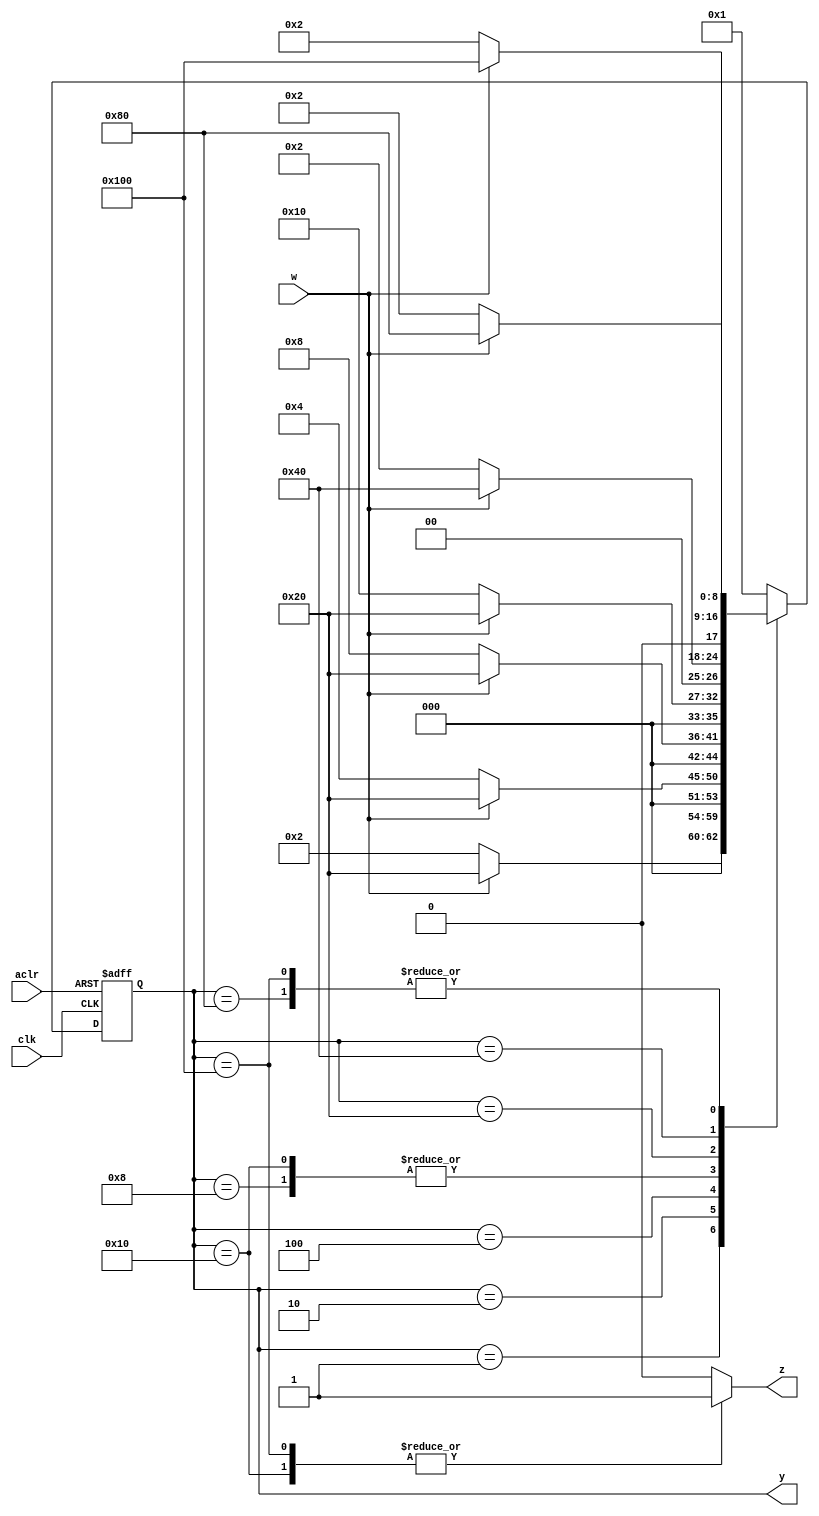
module FSM_one_hot(input clk, aclr, w,
                   output reg z,
                   output [8:0] y);

    // Automat Moore'a
    
    reg [8:0] state, next; // stan aktualny i przejcia
    
    // stany wewntrzne automatu
    localparam [8:0]
                    A = 9'b000000001, // 1
                    B = 9'b000000010, // 2
                    C = 9'b000000100, // 4
                    D = 9'b000001000, // 8
                    E = 9'b000010000, // 16
                    F = 9'b000100000, // 32
                    G = 9'b001000000, // 64
                    H = 9'b010000000, // 128
                    I = 9'b100000000; // 256
                    
    // opis pamici (rejestru)                
    always @(posedge clk, negedge aclr)
        if(~aclr)   		state <= A;
        else            state <= next;
    
    // opis funkcji przejcia
    always @(*)
        case (state)
			A: if(w) next = F;
				else next = B;
				
			B: if(w) next = F;
				else next = C;
				
			C: if(w) next = F;
				else next = D;
				
			D: if(w) next = F;
				else next = E;
				
			E: if(w) next = F;
				else next = E;
				
			F: if(w) next = G;
				else next = B;
			
			G: if(w) next = H;
				else next = B;
				
			H: if(w) next = I;
				else next = B;
			
			I: if(w) next = I;
				else next = B;
				
			default: next = A;
			
		endcase
                
    // opis funkcji wyjcia
    always @(*)
        case (state)
				E: z = 1'b1;
				I: z = 1'b1;
			default: z = 1'b0;
		endcase
    
    assign y = state;
        
endmodule